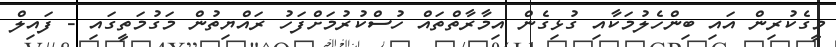
މީގެކުރިން އައި ބިންހެލުމަކާއި ގުޅިގެން އިމާރާތްތައް ހުސްކުރުމަށްފަހު ރައްޔިތުން މަގުމަތީގައި - ފައިލް